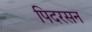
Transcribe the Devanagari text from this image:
पिदरसन